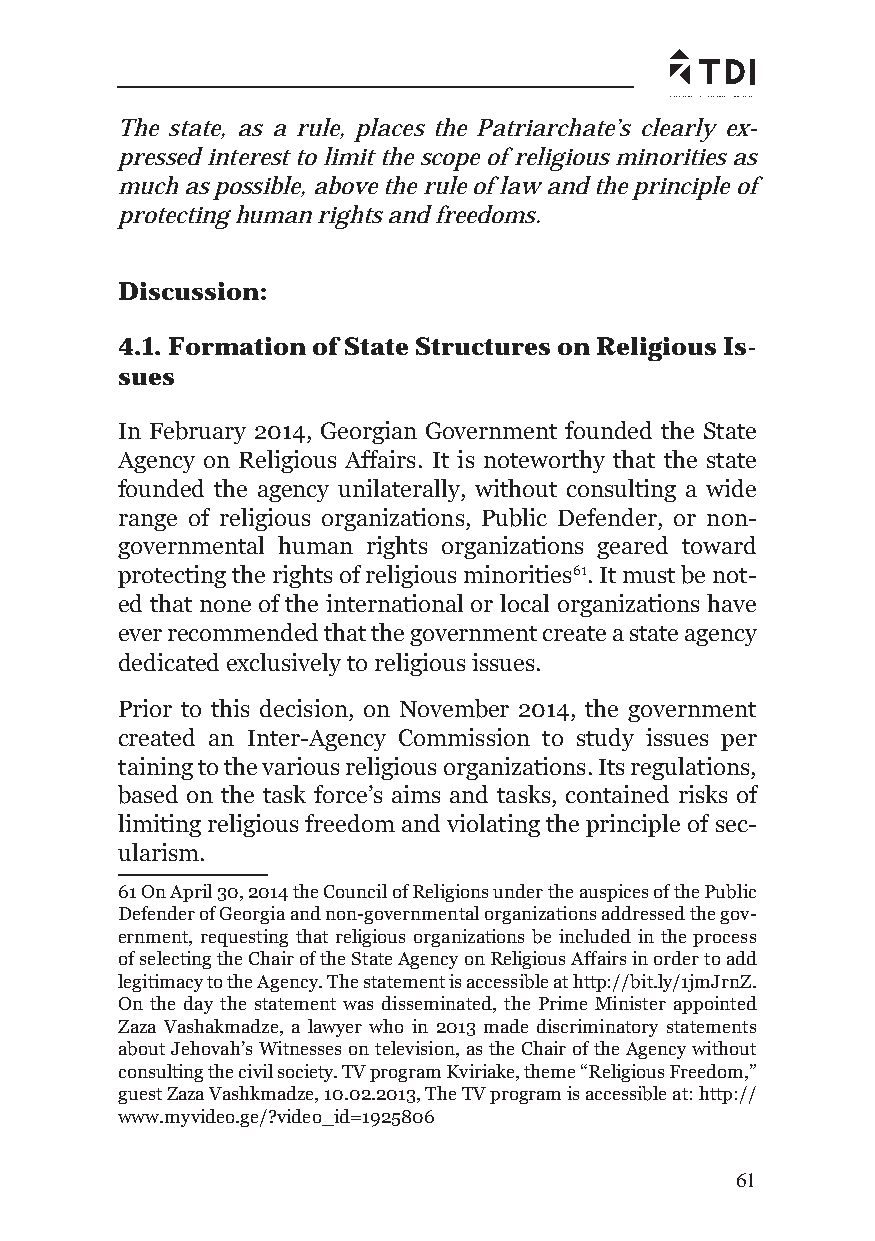
The state, as a rule, places the Patriarchate’s clearly ex-
 pressed interest to limit the scope of religious minorities as
 much as possible, above the rule of law and the principle of
 protecting human rights and freedoms.
 Discussion:
 4.1. Formation of State Structures on Religious Is-
 sues
 In February 2014, Georgian Government founded the State
 Agency on Religious Affairs. It is noteworthy that the state
 founded the agency unilaterally, without consulting a wide
 range of religious organizations, Public Defender, or non-
 governmental human rights organizations geared toward
 protecting the rights of religious minorities61. It must be not-
 ed that none of the international or local organizations have
 ever recommended that the government create a state agency
 dedicated exclusively to religious issues.
 Prior to this decision, on November 2014, the government
 created an Inter-Agency Commission to study issues per
 taining to the various religious organizations. Its regulations,
 based on the task force’s aims and tasks, contained risks of
 limiting religious freedom and violating the principle of sec-
 ularism.
 61 On April 30, 2014 the Council of Religions under the auspices of the Public
 Defender of Georgia and non-governmental organizations addressed the gov-
 ernment, requesting that religious organizations be included in the process
 of selecting the Chair of the State Agency on Religious Affairs in order to add
 legitimacy to the Agency. The statement is accessible at http://bit.ly/1jmJrnZ.
 On the day the statement was disseminated, the Prime Minister appointed
 Zaza Vashakmadze, a lawyer who in 2013 made discriminatory statements
 about Jehovah’s Witnesses on television, as the Chair of the Agency without
 consulting the civil society. TV program Kviriake, theme “Religious Freedom,”
 guest Zaza Vashkmadze, 10.02.2013, The TV program is accessible at: http://
 www.myvideo.ge/?video_id=1925806
 61